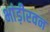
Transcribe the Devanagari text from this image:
भांड़ीरवन